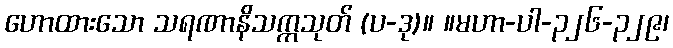
ဟောထားသော သရဏာနိသက္ကသုတ် (ပ-ဒု)။ ။မဟာ-ပါ-၃၂၆-၃၂၉၊